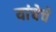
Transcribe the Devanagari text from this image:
यांचेचे